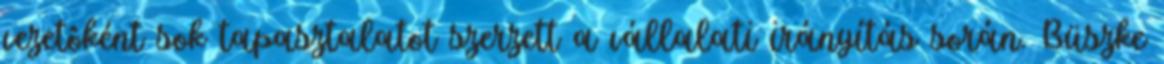
vezetôként sok tapasztalatot szerzett a vállalati irányítás során. Büszke